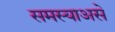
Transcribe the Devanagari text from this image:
समस्याअसे